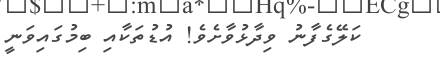
ކަލޭގެފާނު ވިދާޅުވާށެވެ! އުޑުތަކާއި ބިމުގައިވަނީ